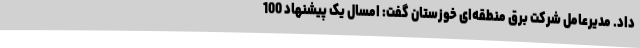
داد. مدیرعامل شرکت برق منطقه‌ای خوزستان گفت: امسال یک پیشنهاد 100